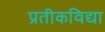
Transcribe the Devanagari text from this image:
प्रतीकविद्या